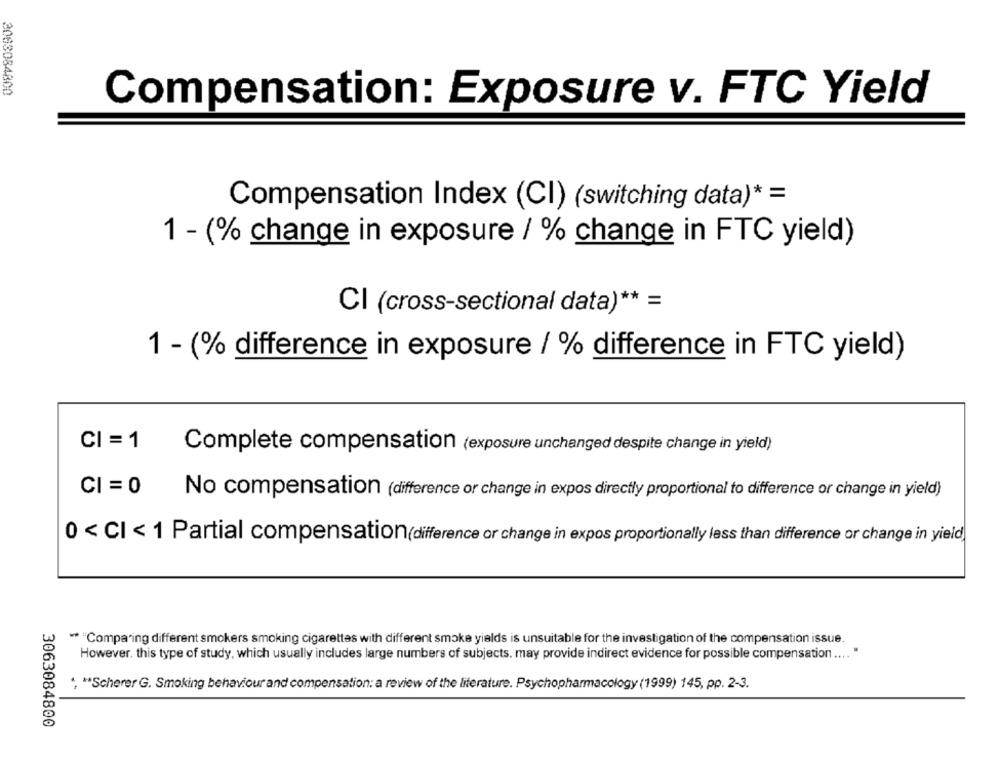
3083084800
Compensation: Exposure v. FTC Yield
Compensation Index (CI) (switching data)* =
1 - (% change in exposure / % change in FTC yield)
Cl (cross-sectional data) ** =
1 - (% difference in exposure / % difference in FTC yield)
CI = 1
Complete compensation (exposure unchanged despite change in yield)
CI = 0
£
No compensation (difference or change in expos directly proportional to difference or change in yield)
0 < CI < 1 Partial compensation(difference or change in expos proportionally less than difference or change in yield
** "Comparing different smokers smoking cigarettes with different smoke yields is unsuitable for the investigation of the compensation issue.
However, this type of study, which usually includes large numbers of subjects. may provide indirect evidence for possible compensation .... "
", "*Scherer G. Smoking behaviour and compensation: a review of the literature. Psychopharmacology (1999) 145, pp. 2-3.
3063084800